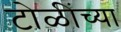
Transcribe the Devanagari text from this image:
टोळींच्या